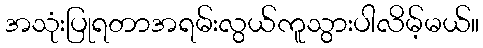
အသုံးပြုရတာအရမ်းလွယ်ကူသွားပါလိမ့်မယ်။